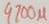
Text: 4700µ